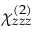
\chi _ { z z z } ^ { ( 2 ) }